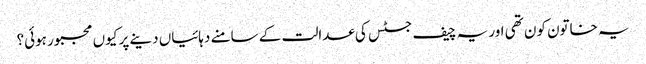
یہ خاتون کون تھی اور یہ چیف جسٹس کی عدالت کے سامنے دہائیاں دینے پر کیوں مجبور ہوئی؟